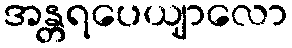
အန္တရပေယျာလော